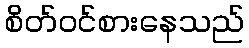
စိတ်ဝင်စားနေသည်